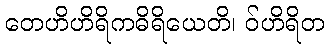
တေဟိဟိရိကဓိရိယေတိ၊ ဝ်ဟိရိတ